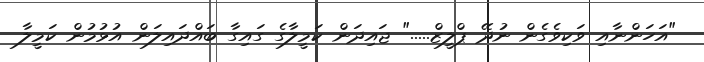
"އަހަންނާއި ވަކިވެގެން ނުދޭ ޕްލީޒް....." ޖައިދަން ކަމީލާގެ ގައިގާ ބައްދައިލަން އުޅުމުން ކަމީލާ